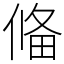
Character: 偹